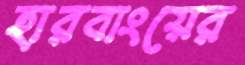
হারবাংয়ের